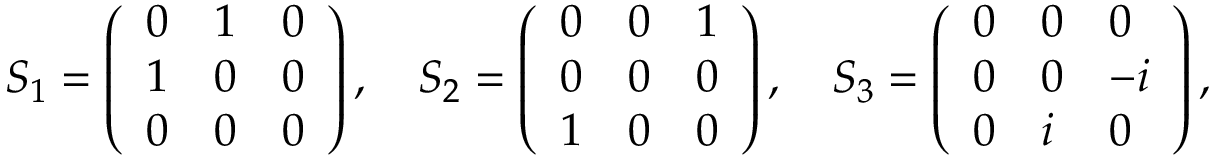
S _ { 1 } = \left( \begin{array} { l l l } { 0 } & { 1 } & { 0 } \\ { 1 } & { 0 } & { 0 } \\ { 0 } & { 0 } & { 0 } \end{array} \right) , \quad S _ { 2 } = \left( \begin{array} { l l l } { 0 } & { 0 } & { 1 } \\ { 0 } & { 0 } & { 0 } \\ { 1 } & { 0 } & { 0 } \end{array} \right) , \quad S _ { 3 } = \left( \begin{array} { l l l } { 0 } & { 0 } & { 0 } \\ { 0 } & { 0 } & { - i } \\ { 0 } & { i } & { 0 } \end{array} \right) ,